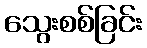
သွေးစစ်ခြင်း